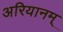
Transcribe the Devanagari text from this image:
अरियानम्